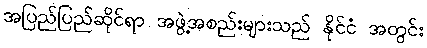
အပြည်ပြည်ဆိုင်ရာ အဖွဲ့အစည်းများသည် နိုင်ငံ အတွင်း